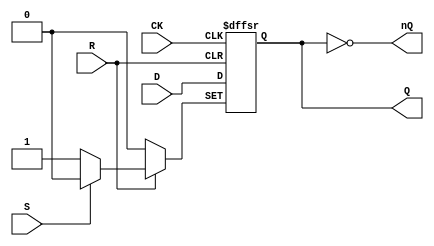
// This program was cloned from: https://github.com/furrtek/Arcade-TMNT_MiSTer
// License: GNU General Public License v2.0

// Fujitsu AV cell
// DFF with SET and RESET
// furrtek 2022

`timescale 1ns/100ps

module FDP(
	input CK,
	input D,
	input S, R,
	output reg Q = 1'b0,
	output nQ
);

	always @(posedge CK, negedge S, negedge R) begin
		if (!S)
			Q <= 1'b1;	// tmax = 3.0ns
		else if (!R)
			Q <= 1'b0;	// tmax = 2.9ns
		else
			Q <= #1 D;	// tmax = 6.1ns
	end
	
	assign nQ = ~Q;

endmodule